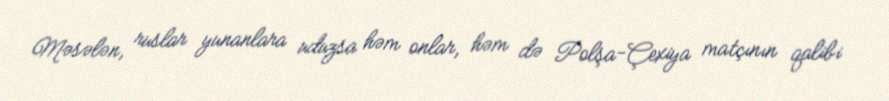
Məsələn, ruslar yunanlara uduzsa həm onlar, həm də Polşa-Çexiya matçının qalibi